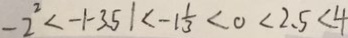
- 2 ^ { 2 } < - 1 - 3 . 5 1 < - 1 \frac { 1 } { 3 } < 0 < 2 . 5 < 4